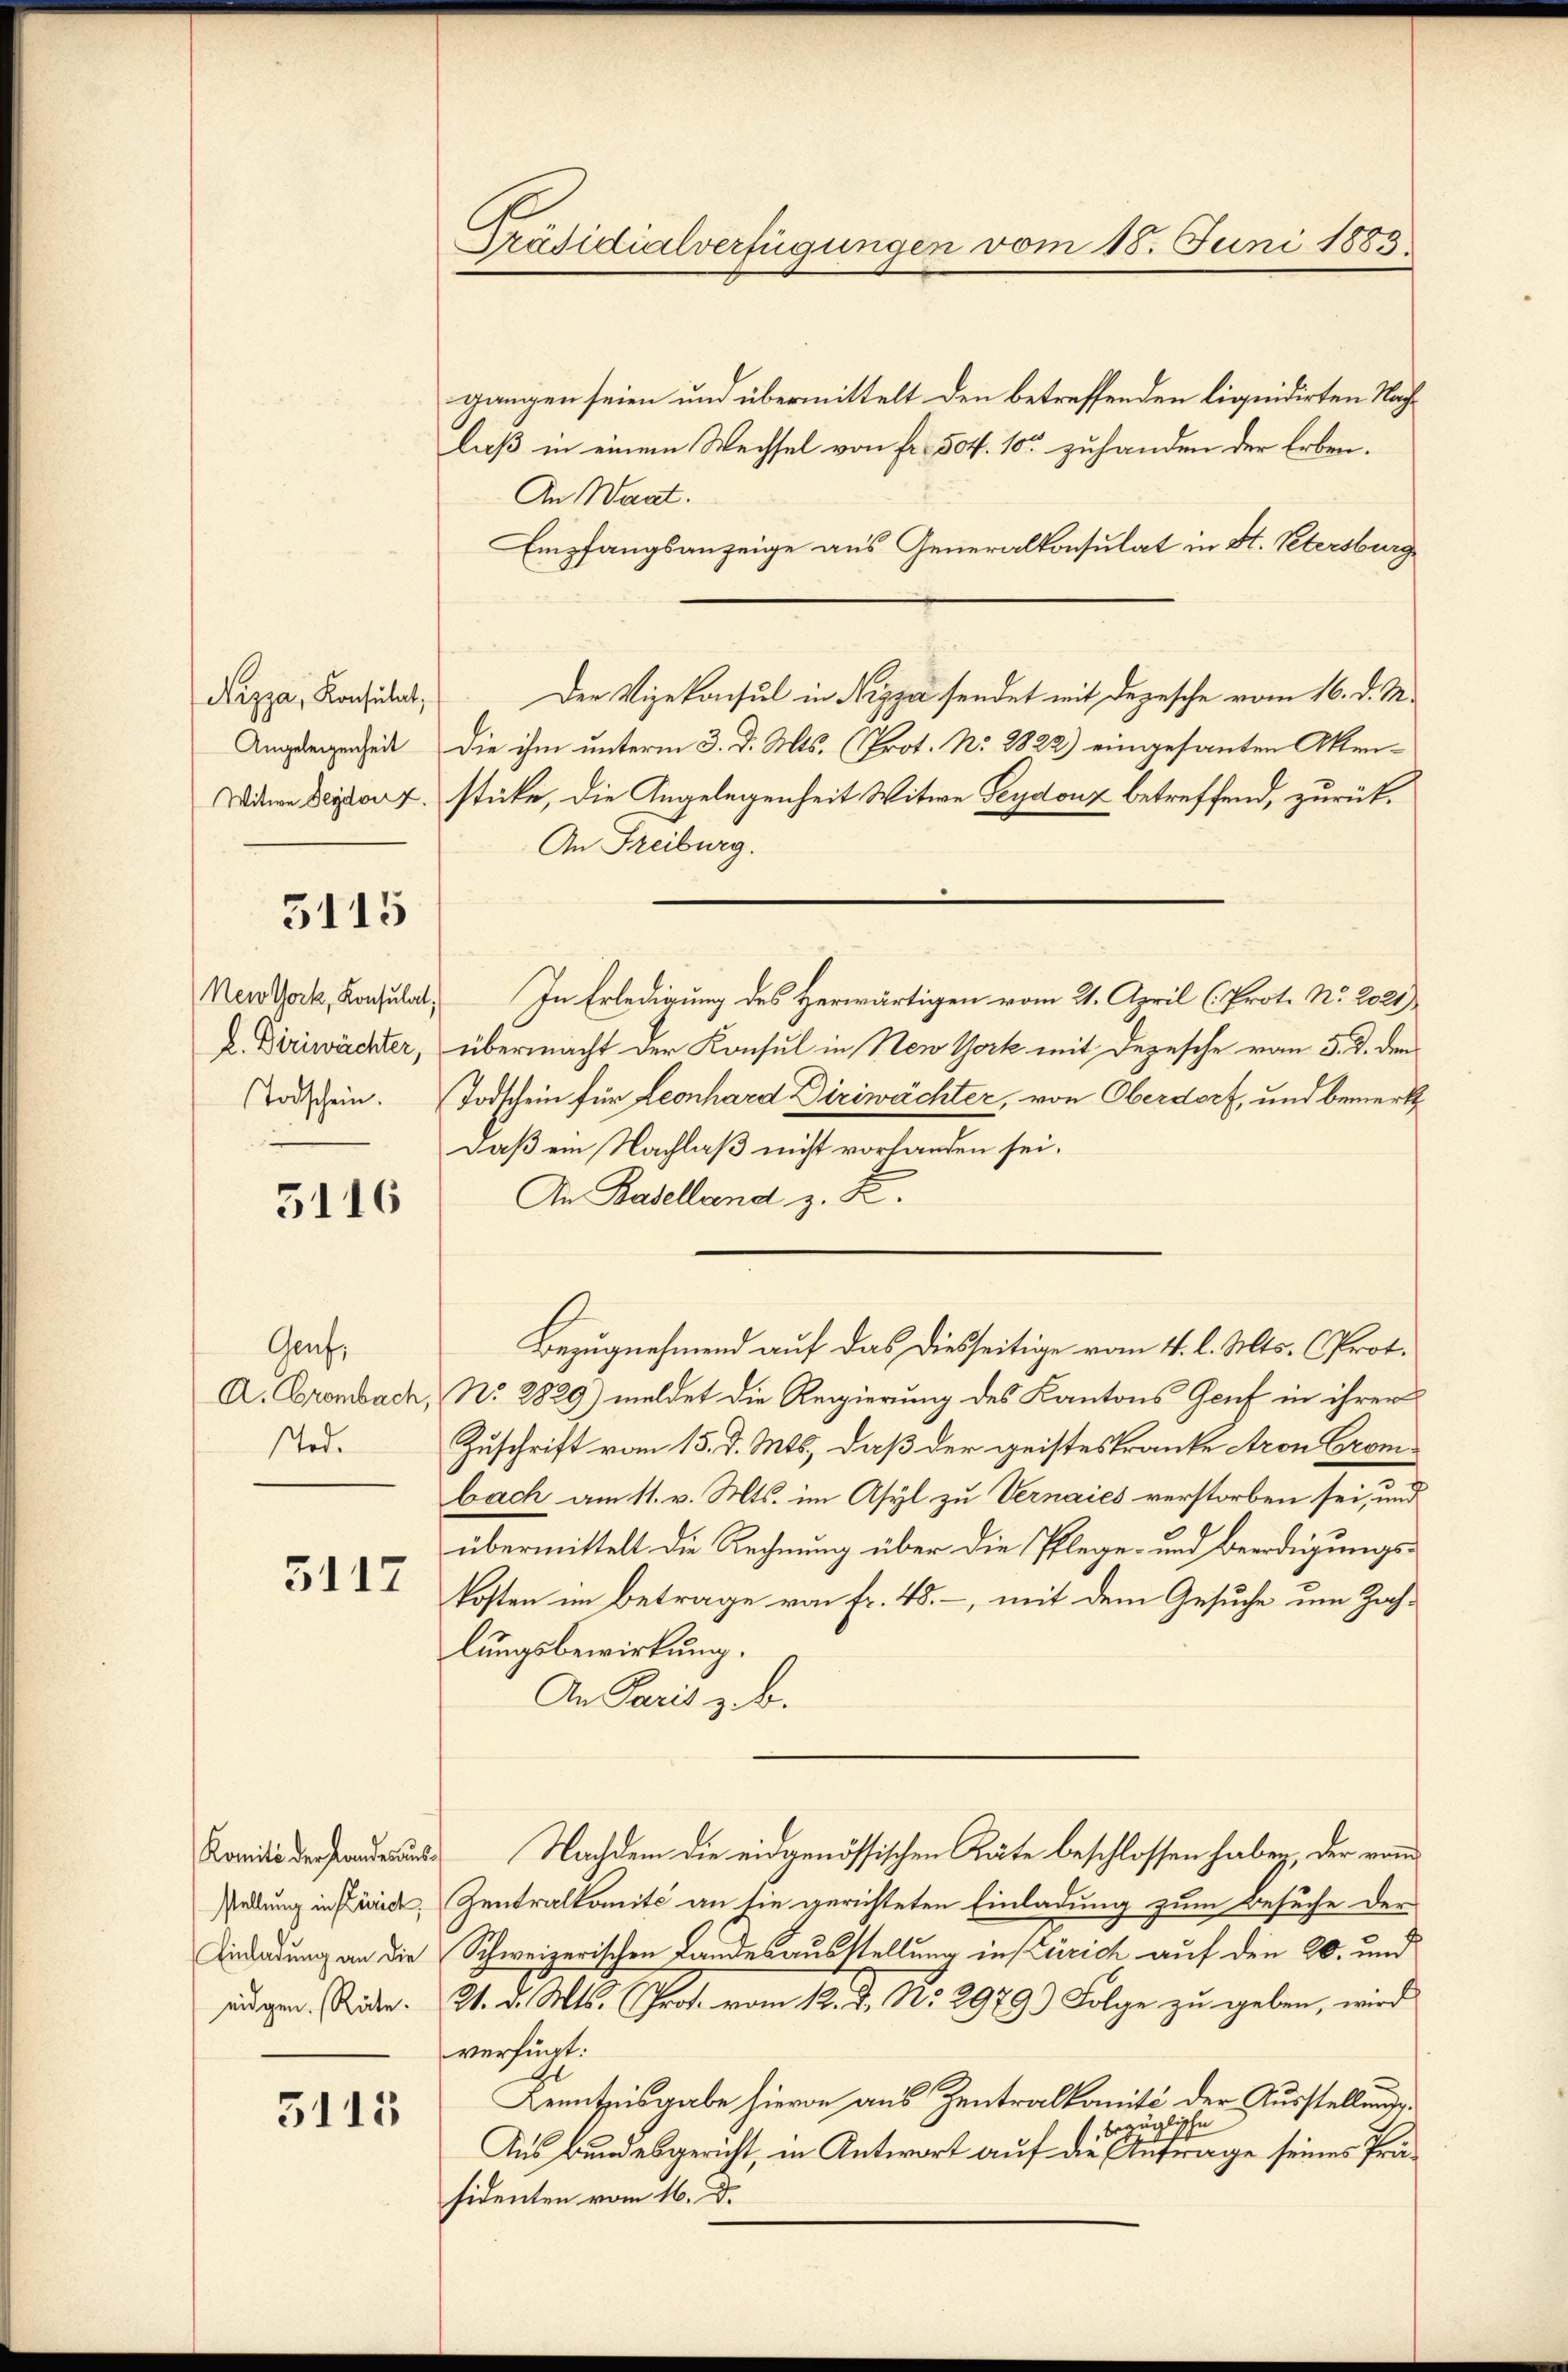
Nizza, Konsulat,
Angelegenheit

3115

New York, Konsulat,
Todschein.

5116

Genf,
A. Crombach
Tod.

5117

Komité der Landes un
stellung in Zürich
Einladung an die
eidgen. (Rüte.

5113

Präsidialverfügungen vom 18. Juni 1885

gangen seien und übermittelt den betreffenden liquidirten Nachlaß in einem Wechsel von Fr. 504. 10 zuhanden der Erben.
An Waat.
Empfangsanzeige aus Generalkonsulat in St. Petersburg
Der Vizekonsul in Nizza sendet mit Depesche vom 16. d. M.
Die ihm unterm 3. d. Mts. (Prot. No. 2822) eingesanten Akei¬
Wode beyder u. stücke, die Angelegenheit Witwe Leydouz betreffend, zurück¬
An Freiburg.
In Erledigung des Herwärtigen vom 21. April (Prot. No. 2021)
R. Birwächter, übermacht der Konsul in New York mit Depesche vom 5. d. den
Todschein für Leonhard Diriwächter, von Oberdorf, und bemerk
daß ein Nachlaß nicht vorhanden sei.
An Baselland z. B.
Bezugnehmend auf das diesseitige vom 4. l. Mts. (Prot.
No. 2829) meldet die Regierung des Kantons Genf in ihrer
Zuschrift vom 15. d. Mts., daß der geisteskranke Aron Crombach am 11. v. Mts. im Asyl zu Vernaies verstorben sei, und
übermittelt die Rechnung über die Pflege- und Beerdigungskosten im Betrage von Fr. 48. -, mit dem Gesuche um Zah-
lungsbewirkung.
An Paris z. B.
d. Nachdem die eidgenössischen Räte beschlossen haben, der vom
Zentralkomité an sie gerichteten Einladung zum Besuche der
Schweizerischen Landesausstellung in Zürich auf den 20. und
21. d. Mts. Prof. vom 12. J. No. 2979.) Folge zu geben, wird
verfügt:
El
Kenntnisgabe hievon aus Zentralkomité der Ausstellungsbezüglische
Aus Bundesgericht, in Antwort auf die Anfrage seines Präsidenten vom 16. D.